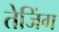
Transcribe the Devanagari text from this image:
तेजिंग